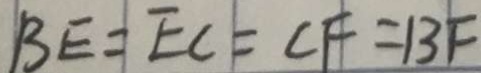
B E = E C = C F = B F